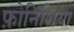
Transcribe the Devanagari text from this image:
फ़ोनिशिया